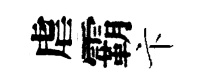
虐霸卞